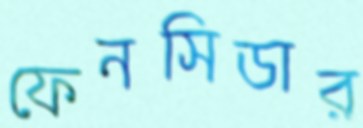
ফেনসিডার